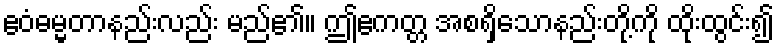
ဧဝံဓမ္မတာနည်းလည်း မည်၏။ ဤဧကတ္တ အစရှိသောနည်းတို့ကို ထိုးထွင်း၍